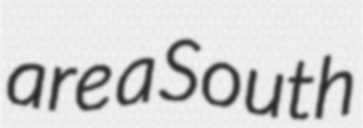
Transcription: are a South